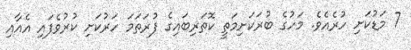
7 މަޑުކަށި ހުރެއެވެ. މަހުގެ ބުރަކަށިމަތީ ކޮތަރިބައިގެ ފުރަތަމަ ހަރުކަށި ކުރުވެފައި އެއާއި